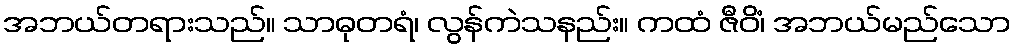
အဘယ်တရားသည်။ သာဓုတရံ၊ လွန်ကဲသနည်း။ ကထံ ဇီဝိံ၊ အဘယ်မည်သော